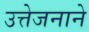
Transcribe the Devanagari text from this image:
उत्तेजनाने